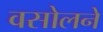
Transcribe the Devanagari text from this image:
वसोलने